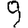
Digit: 9